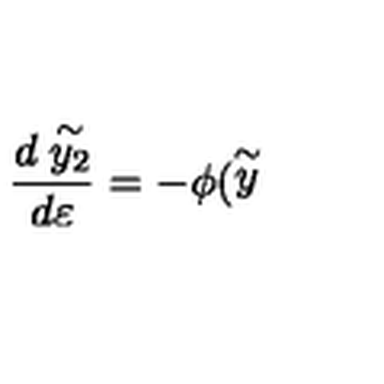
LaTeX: \frac { d \stackrel { \sim } { y _ { 2 } } } { d \varepsilon } = - \phi ( \stackrel { \sim } { y }